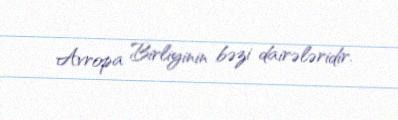
Avropa Birliyinin bəzi dairələridir.